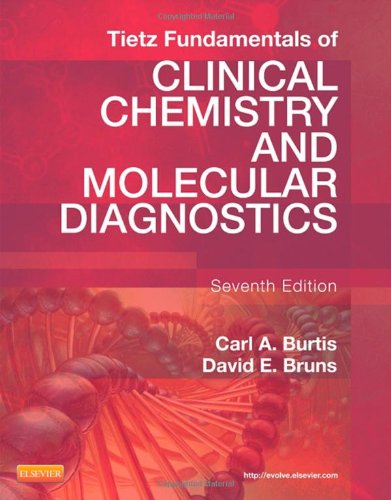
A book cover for Tietz Fundamentals of Clinical Chemistry and Molecular Diagnostics, 7e (Fundamentals of Clinical Chemistry (Tietz)); Carl A. Burtis PhD; Medical Books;